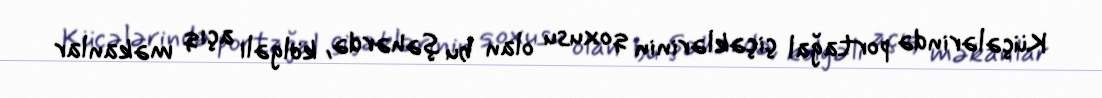
Küçələrində portağal çiçəklərinin qoxusu olan bu şəhərdə, kölgəli açıq məkanlar